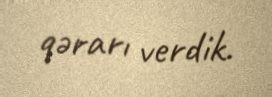
qərarı verdik.